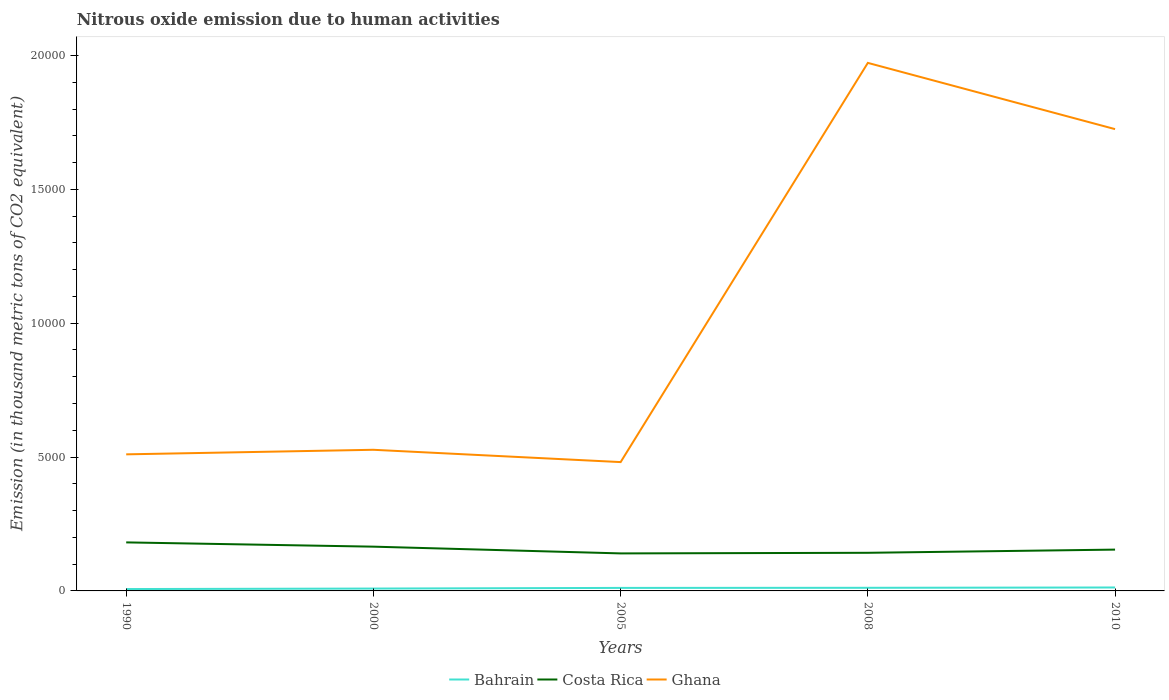
| Years | Bahrain | Costa Rica | Ghana |
 | --- | --- | --- | --- |
 | 1990 | 70.2 | 1.81e+03 | 5.1e+03 |
 | 2000 | 88.2 | 1.65e+03 | 5.27e+03 |
 | 2005 | 113 | 1.4e+03 | 4.81e+03 |
 | 2008 | 117 | 1.42e+03 | 1.97e+04 |
 | 2010 | 129 | 1.54e+03 | 1.72e+04 |